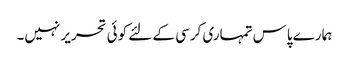
ہمارے پاس تمہاری کرسی کے لئے کوئی تحریر نہیں۔